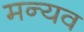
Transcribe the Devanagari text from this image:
मन्यव